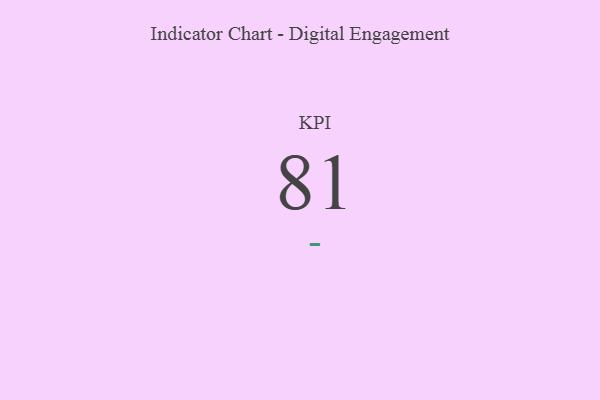
{"axis": {"x": "KPI", "y": "Value"}, "legend": [""], "data": [{"x": "KPI", "y": 81, "type": ""}]}